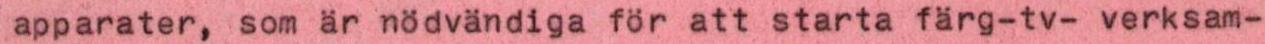
apparater, som är nödvändiga för att starta färg-tv- verksam-